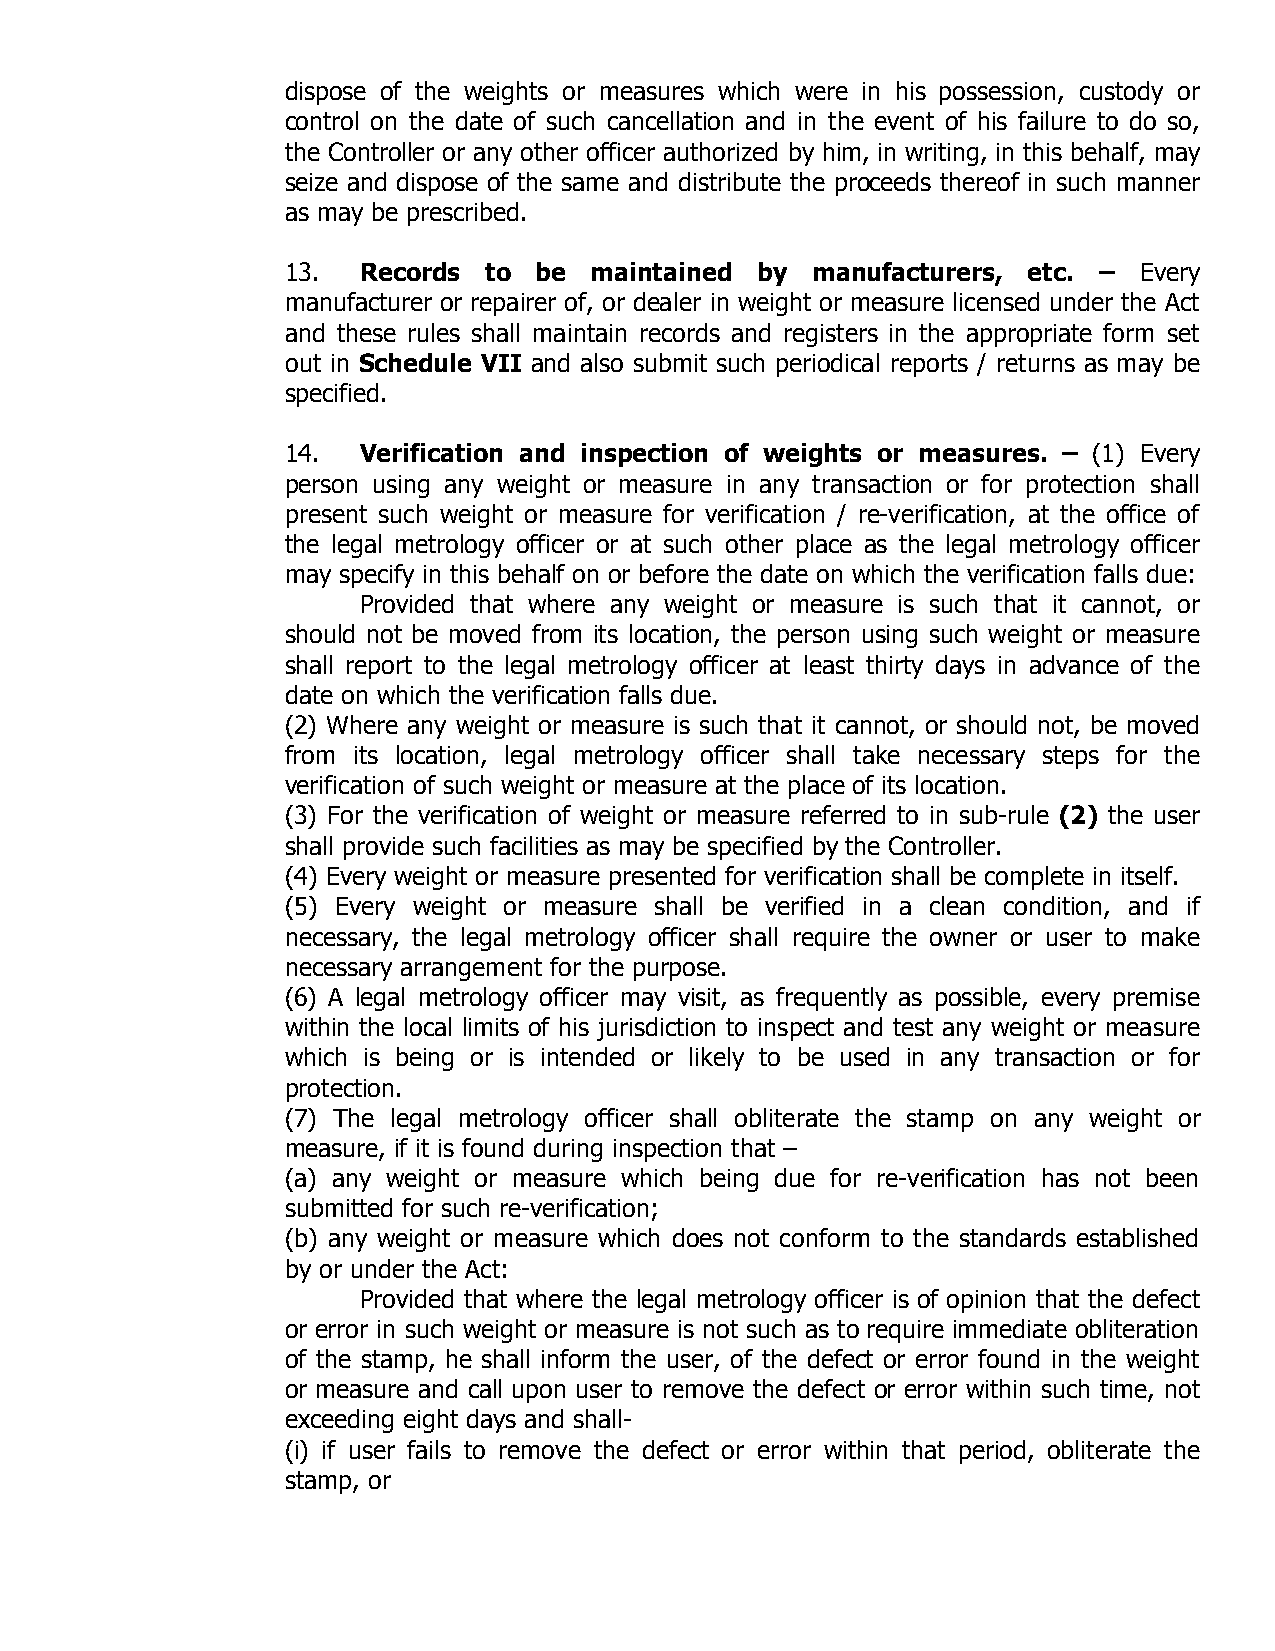
dispose of the weights or measures which were in his possession, custody or
 control on the date of such cancellation and in the event of his failure to do so,
 the Controller or any other officer authorized by him, in writing, in this behalf, may
 seize and dispose of the same and distribute the proceeds thereof in such manner
 as may be prescribed.
 13.  Records to be  maintained by  manufacturers, etc. – Every
 manufacturer or repairer of, or dealer in weight or measure licensed under the Act
 and these rules shall maintain records and registers in the appropriate form set
 out in Schedule VII and also submit such periodical reports / returns as may be
 specified.
 14.  Verification and inspection of weights or measures. – (1) Every
 person using any weight or measure in any transaction or for protection shall
 present such weight or measure for verification / re-verification, at the office of
 the legal metrology officer or at such other place as the legal metrology officer
 may specify in this behalf on or before the date on which the verification falls due:
 Provided that where any weight or measure is such that it cannot, or
 should not be moved from its location, the person using such weight or measure
 shall report to the legal metrology officer at least thirty days in advance of the
 date on which the verification falls due.
 (2) Where any weight or measure is such that it cannot, or should not, be moved
 from its location, legal metrology officer shall take necessary steps for the
 verification of such weight or measure at the place of its location.
 (3) For the verification of weight or measure referred to in sub-rule (2) the user
 shall provide such facilities as may be specified by the Controller.
 (4) Every weight or measure presented for verification shall be complete in itself.
 (5) Every weight or measure shall be verified in a clean condition, and if
 necessary, the legal metrology officer shall require the owner or user to make
 necessary arrangement for the purpose.
 (6) A legal metrology officer may visit, as frequently as possible, every premise
 within the local limits of his jurisdiction to inspect and test any weight or measure
 which is being or is intended or likely to be used in any transaction or for
 protection.
 (7) The legal metrology officer shall obliterate the stamp on any weight or
 measure, if it is found during inspection that –
 (a) any weight or measure which being due for re-verification has not been
 submitted for such re-verification;
 (b) any weight or measure which does not conform to the standards established
 by or under the Act:
 Provided that where the legal metrology officer is of opinion that the defect
 or error in such weight or measure is not such as to require immediate obliteration
 of the stamp, he shall inform the user, of the defect or error found in the weight
 or measure and call upon user to remove the defect or error within such time, not
 exceeding eight days and shall-
 (i) if user fails to remove the defect or error within that period, obliterate the
 stamp, or